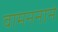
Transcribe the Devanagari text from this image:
वामननाने